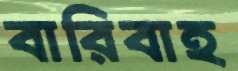
বারিবাহ